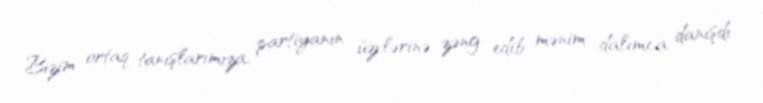
Bizim ortaq tanışlarımıza, partiyanın üzvlərinə zəng edib mənim dalımca danışdı